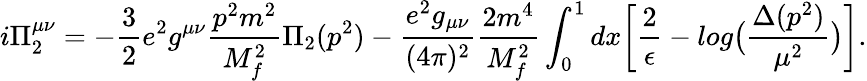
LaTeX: i\Pi_{2}^{\mu\nu}=-\frac{3}{2}e^{2}g^{\mu\nu}\frac{p^{2}m^{2}}{M_{f}^{2}}\Pi_{2}(p^{2})-\frac{e^{2}g_{\mu\nu}}{(4\pi)^{2}}\frac{2m^{4}}{M_{f}^{2}}\int_{0}^{1}dx\biggl[\frac{2}{\epsilon}-log\bigl(\frac{\Delta(p^{2})}{\mu^{2}}\bigr)\biggr].